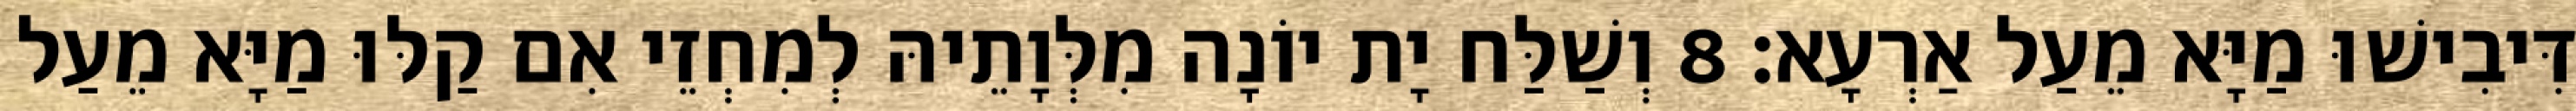
דִּיבִישׁוּ מַיָּא מֵעַל אַרְעָא׃ 8 וְשַׁלַּח יָת יוֹנָה מִלְּוָתֵיהּ לְמִחְזֵי אִם קַלּוּ מַיָּא מֵעַל